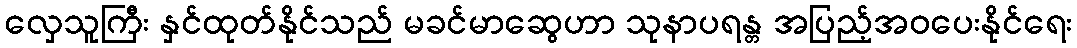
လှေသူကြီး နှင်ထုတ်နိုင်သည် မခင်မာဆွေဟာ သုနာပရန္တ အပြည့်အဝပေးနိုင်ရေး